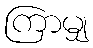
ကြာမျှ